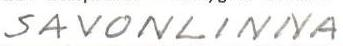
SAVONLINNA